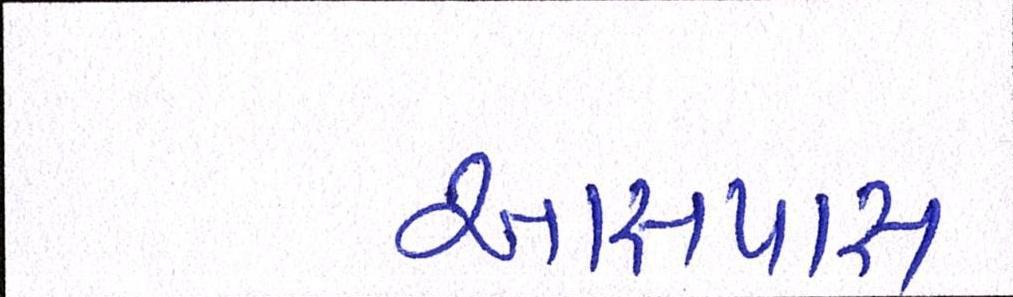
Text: આસપાસ